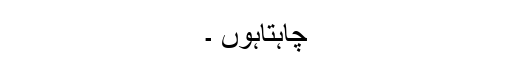
چاہتاہوں ۔